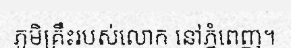
ភូមិគ្រឹះរបស់លោក នៅភ្នំពេញ។